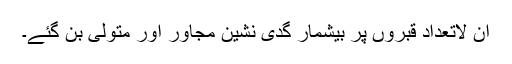
ان لاتعداد قبروں پر بیشمار گدی نشین مجاور اور متولی بن گئے۔